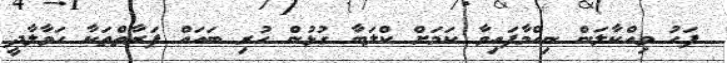
ފަހު ވިއްކާލަން ނިއްމާފައިވާ ކަމަށް ކްލަބާ ގުޅުން ހުރި ބައައް ފަރާތްތަކާ ހަވާލާދީ